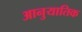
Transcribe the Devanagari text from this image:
आनुयातिक